Report of the Municipal Commissioner on the plague in Bombay for the year ending 31st May... - Volume 3
Disease focus: Plague
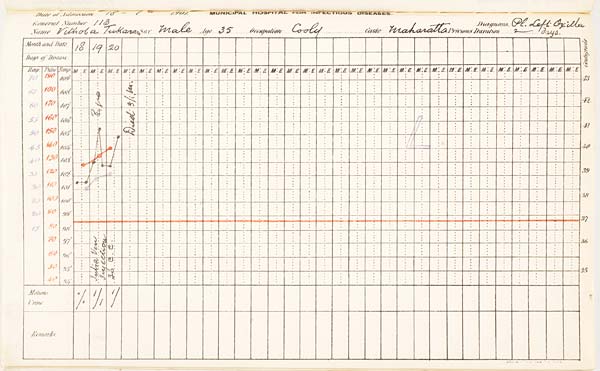
Date of Admission 1901. MUNICIPAL HOSPITAL FOR INFECTIOUS DISEASES.
General Number Diagnosis.
Name
Sex
Age
Occupation
Caste
Previous
Duration